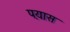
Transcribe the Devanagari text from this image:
प़यास